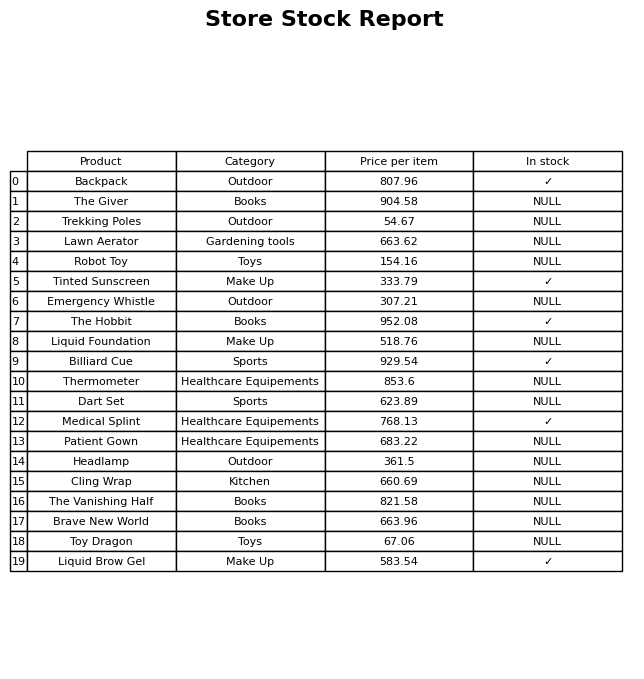
question: What is the price for Lawn Aerator?
answer: The price of Lawn Aerator is 663.62.